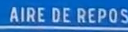
AIRE DE REPOS